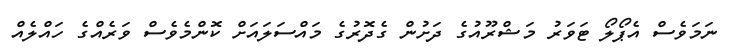
ނަމަވެސް އެޕޯލޯ ޓަވަރު މަޝްރޫއުގެ ދަށުން ގެދޮރުގެ މައްސަލައަށް ކޮންމެވެސް ވަރެއްގެ ހައްލެއް